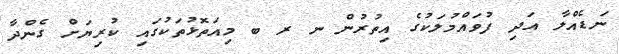
ނަޑެއްލާ އަދި ފުވައްމުލަކުގެ އިތުރުން ނ ރ ބ މިއަތޮޅުތަކުގައި ކުރިޔަށް ގެންދާ